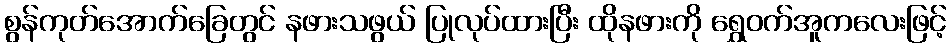
စွန်ကုတ်အောက်ခြေတွင် နဖားသဖွယ် ပြုလုပ်ထားပြီး ထိုနဖားကို ရွှေဝက်အူကလေးဖြင့်